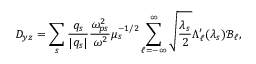
D _ { y z } = \sum _ { s } \frac { q _ { s } } { | q _ { s } | } \frac { \omega _ { p s } ^ { 2 } } { \omega ^ { 2 } } \mu _ { s } ^ { - 1 / 2 } \sum _ { \ell = - \infty } ^ { \infty } \sqrt { \frac { \lambda _ { s } } { 2 } } \Lambda _ { \ell } ^ { \prime } ( \lambda _ { s } ) \mathcal { B } _ { \ell } ,